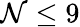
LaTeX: \mathcal{N}\leq9